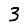
Digit: 3